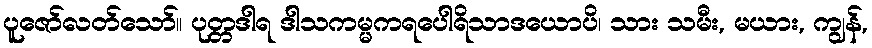
ပူဇော်လတ်သော်။ ပုတ္တဒါရ ဒါသကမ္မကရပေါရိသာဒယောပိ၊ သား သမီး, မယား, ကျွန်,